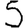
Digit: 5